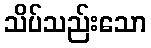
သိပ်သည်းသော